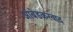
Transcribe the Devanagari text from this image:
अांबेडकरवाद